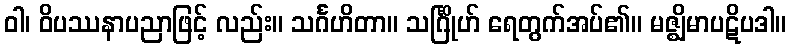
ဝါ၊ ဝိပဿနာပညာဖြင့် လည်း။ သင်္ဂဟိတာ။ သင်္ဂြိုဟ် ရေတွက်အပ်၏။ မဇ္ဈိမာပဋိပဒါ။